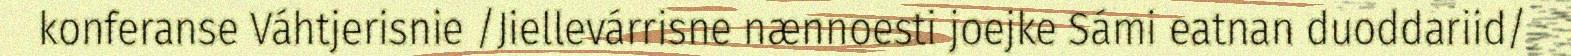
konferanse Váhtjerisnie /Jiellevárrisne nænnoesti joejke Sámi eatnan duoddariid/